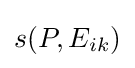
s(P,E_{ik})